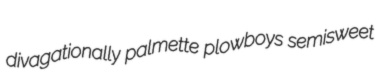
divagationally palmette plowboys semisweet